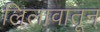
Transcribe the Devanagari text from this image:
लिलावातून